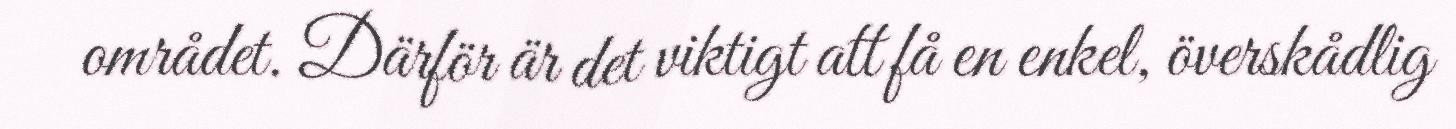
området. Därför är det viktigt att få en enkel, överskådlig